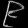
Digit: ၉